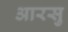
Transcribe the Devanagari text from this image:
आरसु